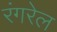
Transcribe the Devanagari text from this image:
रंगरेल